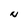
Character: N